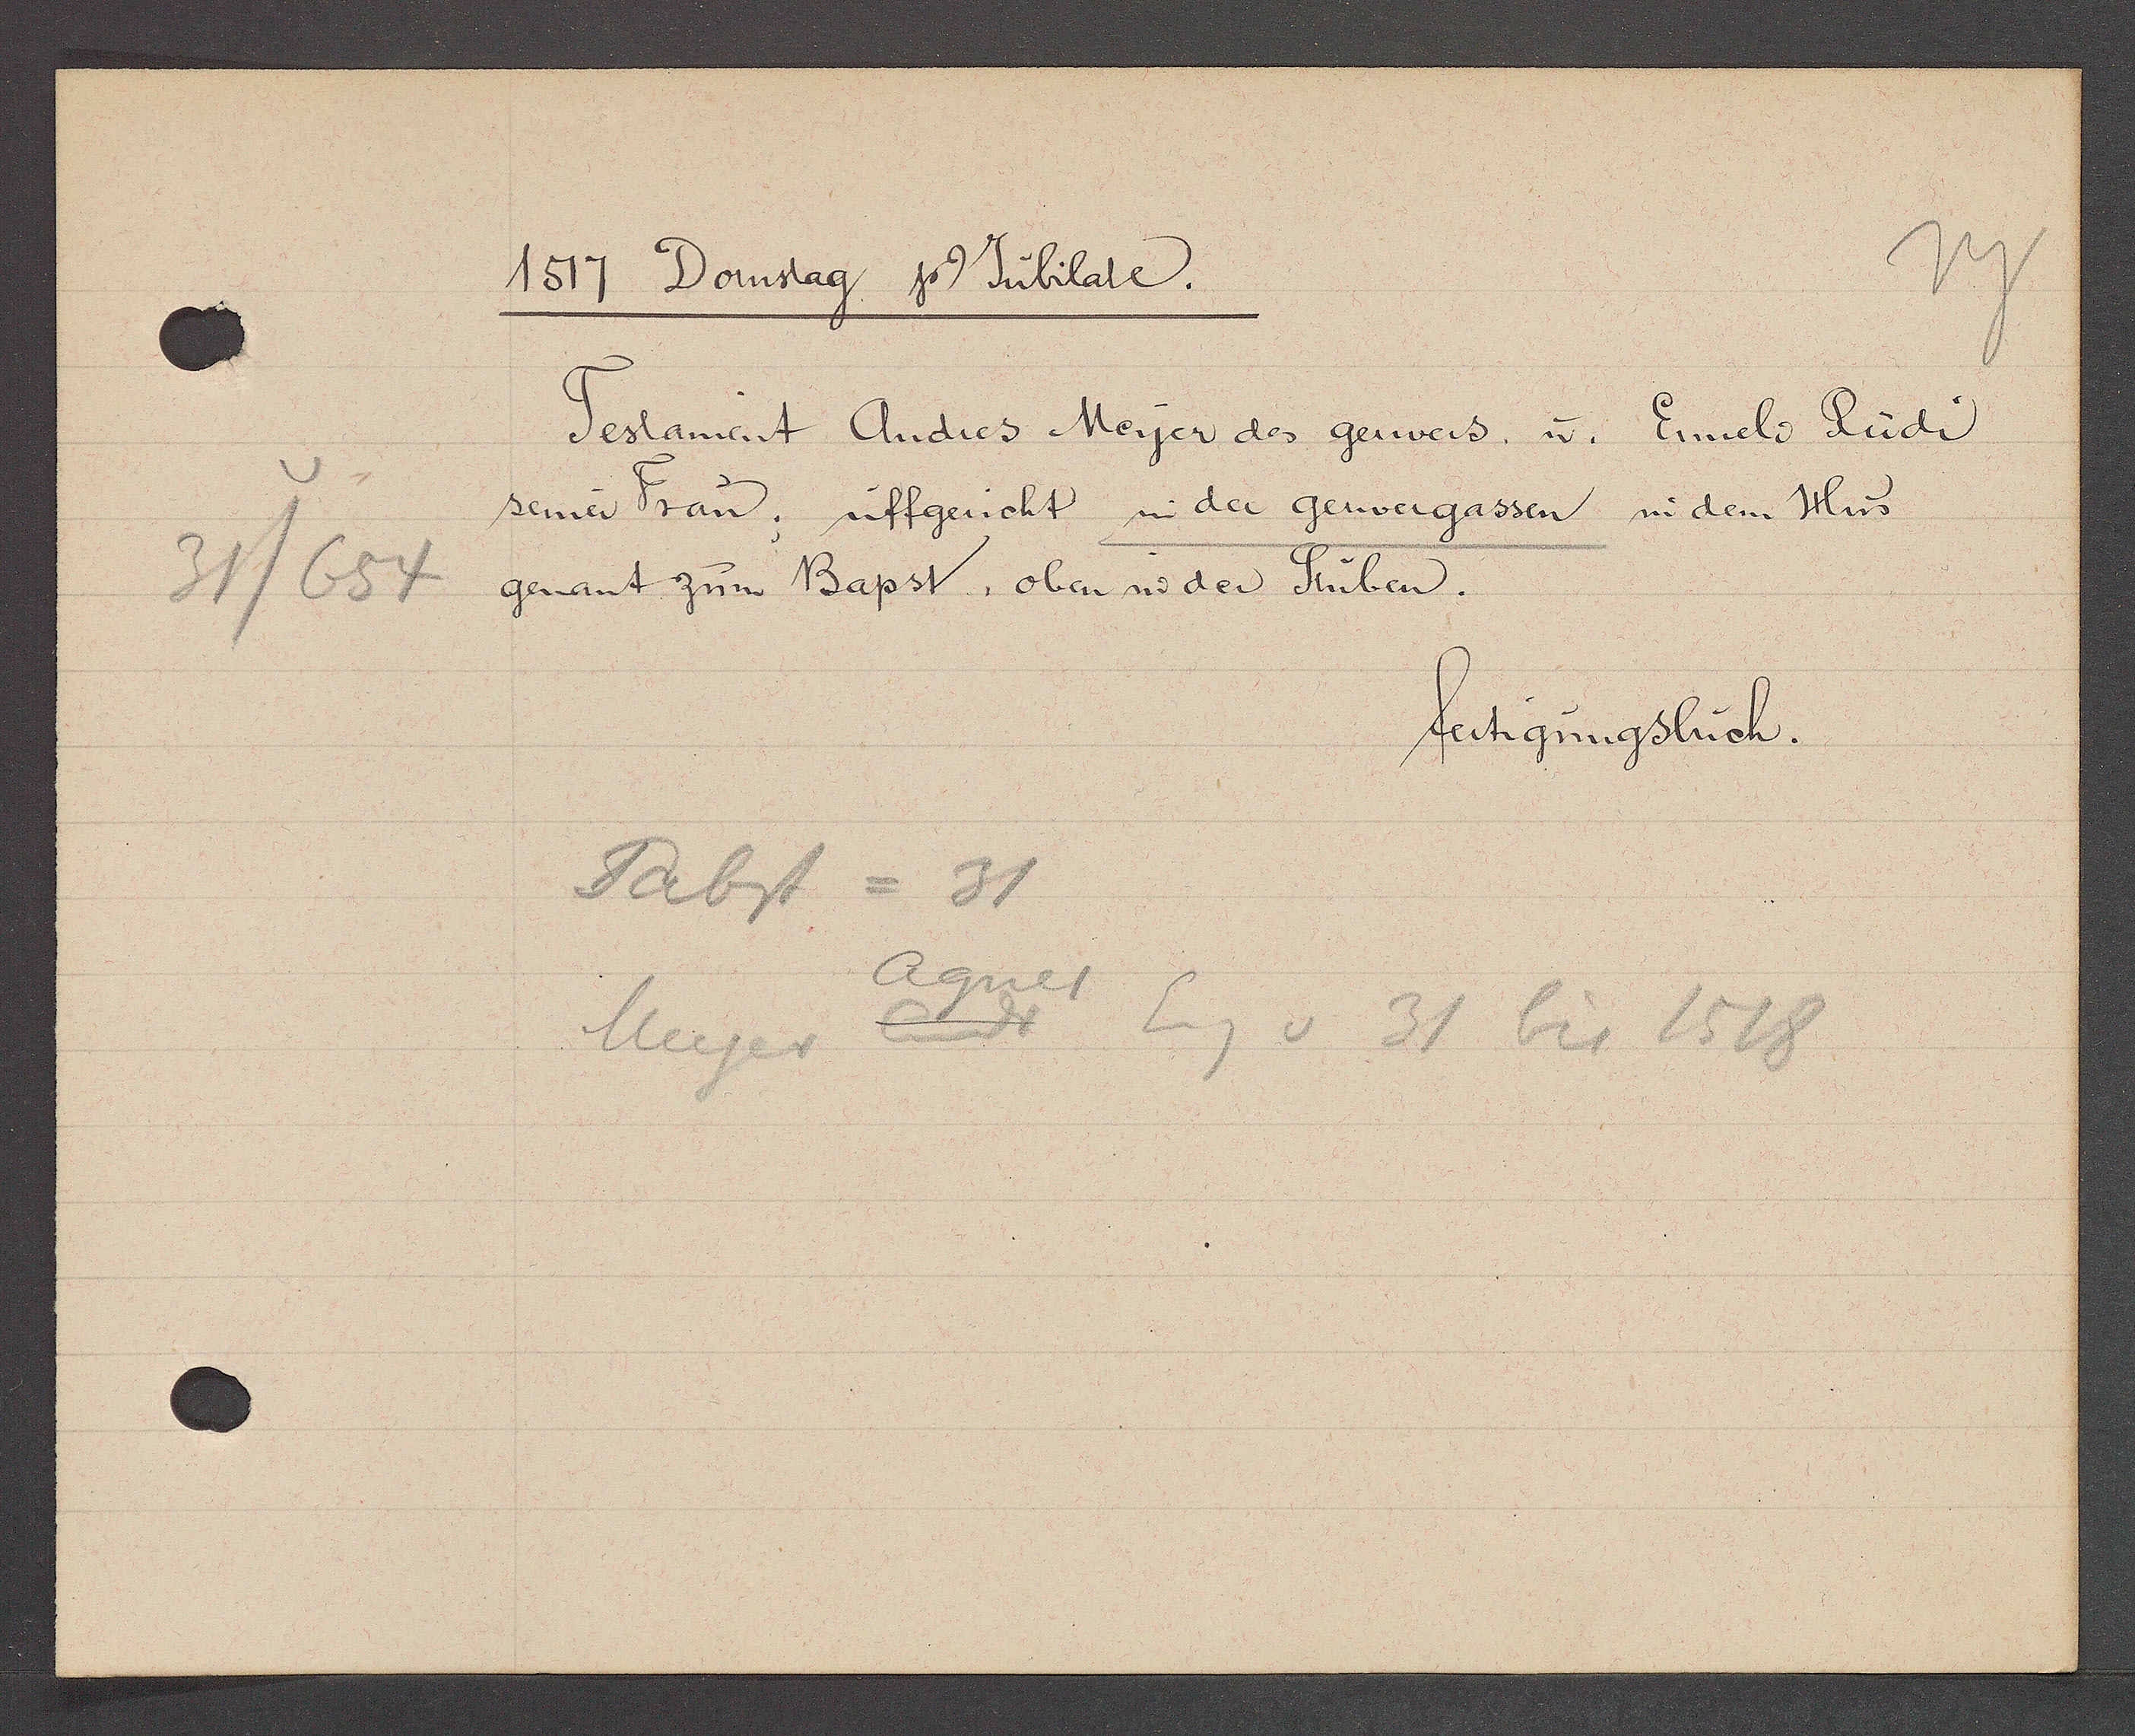
Transcript:
31/654

1517 Domstag Ƿ Jubilate.

Testament Andres Meyer des gerwers u. Ennels Rüdi
seiner Frau; uffgericht in der gerwergassen in dem Hus
genant zum Bapst, oben in der Stuben.

fertigungsbuch.

Babst = 31
Agnes
Andr
Eig v 31 bis 1518
Meyer